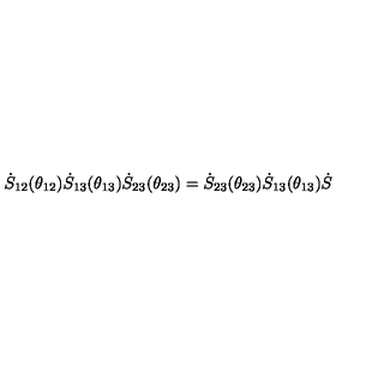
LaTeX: \dot { S } _ { 1 2 } ( \theta _ { 1 2 } ) \dot { S } _ { 1 3 } ( \theta _ { 1 3 } ) \dot { S } _ { 2 3 } ( \theta _ { 2 3 } ) = \dot { S } _ { 2 3 } ( \theta _ { 2 3 } ) \dot { S } _ { 1 3 } ( \theta _ { 1 3 } ) \dot { S }